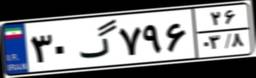
۳۰گ۷۹۶۲۶